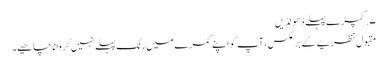
۷. کپڑے پہلے ڈھونڈیں
مقبول نظریے کے برعکس، آپ کو اپنے کمرے میں رنگ پہلے نہیں کروانا چاھیے۔